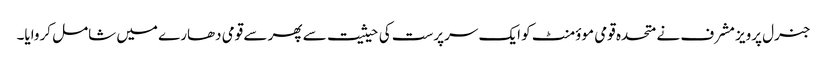
جنرل پرویز مشرف نے متحدہ قومی موؤمنٹ کو ایک سرپرست کی حیثیت سے پھر سے قومی دھارے میں شامل کروایا۔